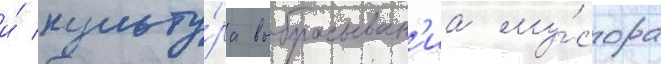
и́ культу́ра выбрасыван'иа му́сора